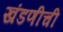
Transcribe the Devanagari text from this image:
खंडणीची